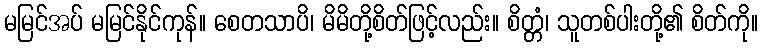
မမြင်အပ် မမြင်နိုင်ကုန်။ စေတသာပိ၊ မိမိတို့စိတ်ဖြင့်လည်း။ စိတ္တံ၊ သူတစ်ပါးတို့၏ စိတ်ကို။